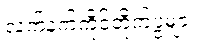
လက်နက်ကိုင်တိုက်ပွဲများ